Annual report on the working of the mental hospitals in the Madras Presidency - 1912-1932
Year: 1912
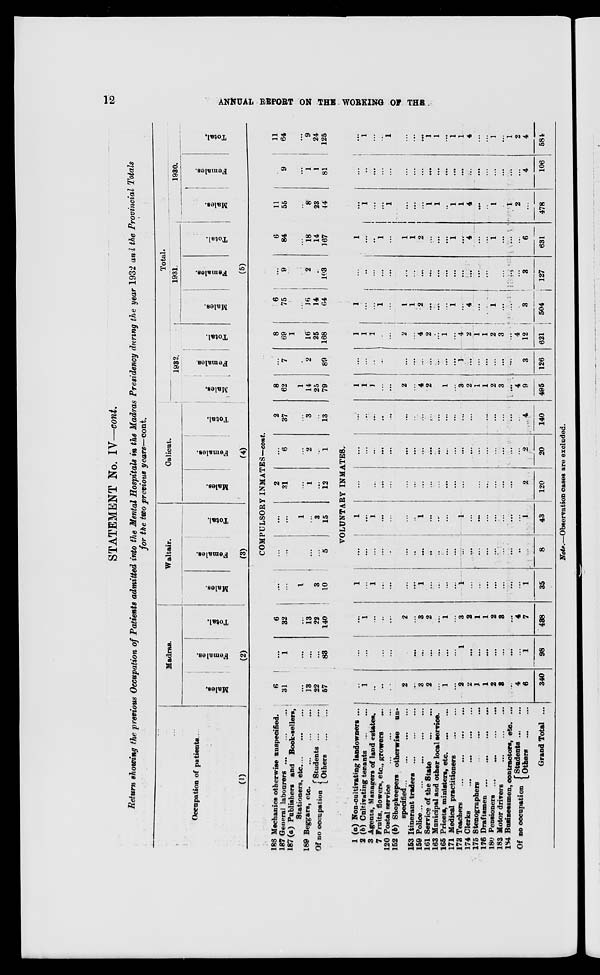
12
ANNUAL REPORT ON THE WORKING OF THE
STATEMENT No. IV—cont.
Return showing the previous Occupation of Patients admitted into the Mental Hospitals in the Madras Presidency during the year 1932 and the Provincial Totals
for the two previous years—cont.
Occupation of patients.
(1)
183
187
187
189
Mechanics otherwise unspecified.
General labourers
...
...
...
(a) Publishers and Book-sellers,
Stationers, etc
...
...
...
Beggars,
etc.
...
...
...
Of no occupation
Students ... ...
Others ... ...
1
2
3
7
120
152
153
159
161
163
165
171
173
174
175
176
180
183
134
(a) Non-cultivating landowners ...
(b) Cultivating tenants
...
...
Agents, Managers of land estates.
Fruits, flowers,etc., growers ...
Postal service
...
...
...
(b) Shopkeepers otherwise un-
specified
...
...
...
...
Itinerant traders
...
...
...
Police ... ... ...
Service of the State
...
...
Municipal and other local service.
Priests, ministers,
etc. ... ...
Medical practitioners
...
...
Teachers
...
...
...
...
Clerks
...
...
...
...
Stenographers
...
...
...
Draftsmen
...
...
...
...
Pensioners ... ... ... ...
Motor drivers
...
...
...
Businessmen, contractors, etc. ...
Of no occupation
Students ... ...
Others
...
...
Grand Total ...
Madras.
Males.
Females.
Total.
(2)
Waltair.
Males.
Females.
Total.
(3)
Calicut.
Males.
Females.
Total.
(4)
Total.
1932.
Males.
Females.
Total.
1931.
Males.
Females.
Total.
1930.
Males.
Females.
Total.
(5)
COMPULSORY INMATES-cont.
6
31
...
13
22
57
...
1
...
...
...
83
6
32
...
13
22
140
...
...
1
...
3
10
...
...
...
...
...
5
...
...
1
...
3
15
2
31
...
1
...
12
...
6
...
2
...
1
2
37
...
3
...
13
8
62
1
14
25
79
...
7
...
2
...
89
8
69
1
16
25
168
6
75
...
16
14
64
...
9
...
2
...
103
6
84
...
18
14
167
11
55
...
8
23
44
...
9
...
1
1
81
11
64
...
9
24
125
VOLUNTARY INMATES.
...
1
...
...
...
2
...
3
2
...
1
...
2
2
1
1
2
3
...
4
6
340
...
...
...
...
...
...
...
...
...
...
...
...
1
...
...
...
...
...
...
...
1
98
...
1
...
...
...
2
...
3
2
...
1
...
3
2
1
1
2
3
...
4
7
438
1
...
1
...
...
...
...
1
...
...
...
...
1
...
...
...
...
...
...
...
1
35
...
...
...
...
...
...
...
...
...
...
...
...
...
...
...
...
...
...
...
...
...
8
1
...
1
...
...
...
...
1
...
...
...
...
1
...
...
...
...
...
...
...
1
43
...
...
...
...
...
...
...
...
...
...
...
...
...
...
...
...
...
...
...
...
2
120
...
...
...
...
...
...
...
...
...
...
...
...
...
...
...
...
...
...
...
...
2
20
...
...
...
...
...
...
...
...
...
...
...
...
...
...
...
...
...
...
...
...
4
140
1
1
1
...
...
2
...
4
2
...
1
...
3
2
1
1
2
3
...
4
9
495
...
...
...
...
...
...
...
...
...
...
...
...
1
...
...
...
...
...
...
...
3
126
1
1
1
...
...
2
...
4
2
...
1
...
4
2
1
1
2
3
...
4
12
621
1
...
...
1
...
1
1
2
...
...
...
1
...
4
...
...
1
...
...
...
3
504
...
...
...
...
...
...
...
...
...
...
...
...
...
...
...
...
...
...
...
3
127
1
...
..
1
...
1
1
2
...
...
...
1
...
4
...
...
1
...
...
...
6
631
...
1
...
...
1
...
...
...
1
1
...
1
1
4
...
...
1
...
1
2
...
478
...
...
...
...
...
...
...
...
...
...
...
...
...
...
...
...
...
...
...
...
4
106
...
1
...
...
1
...
...
...
1
1
...
1
1
4
...
...
1
...
1
2
4
584
Note.—Observation cases are excluded.